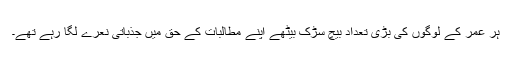
ہر عمر کے لوگوں کی بڑی تعداد بیچ سڑک بیٹھے اپنے مطالبات کے حق میں جذباتی نعرے لگا رہے تھے۔